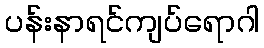
ပန်းနာရင်ကျပ်ရောဂါ